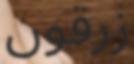
زرقون